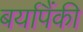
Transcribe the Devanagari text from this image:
बर्यापैंकी